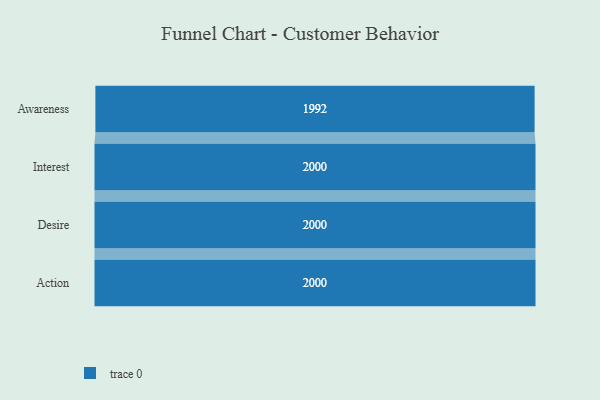
{"axis": {"x": "Stage", "y": "Value"}, "legend": [""], "data": [{"x": "Awareness", "y": 1992.0, "type": ""}, {"x": "Interest", "y": 2000, "type": ""}, {"x": "Desire", "y": 2000, "type": ""}, {"x": "Action", "y": 2000, "type": ""}]}